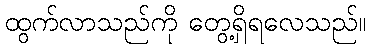
ထွက်လာသည်ကို တွေ့ရှိရလေသည်။